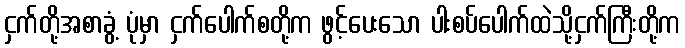
ငှက်တို့အစာခွံ့ ပုံမှာ ငှက်ပေါက်စတို့က ဖွင့်ပေးသော ပါးစပ်ပေါက်ထဲသို့ငှက်ကြီးတို့က